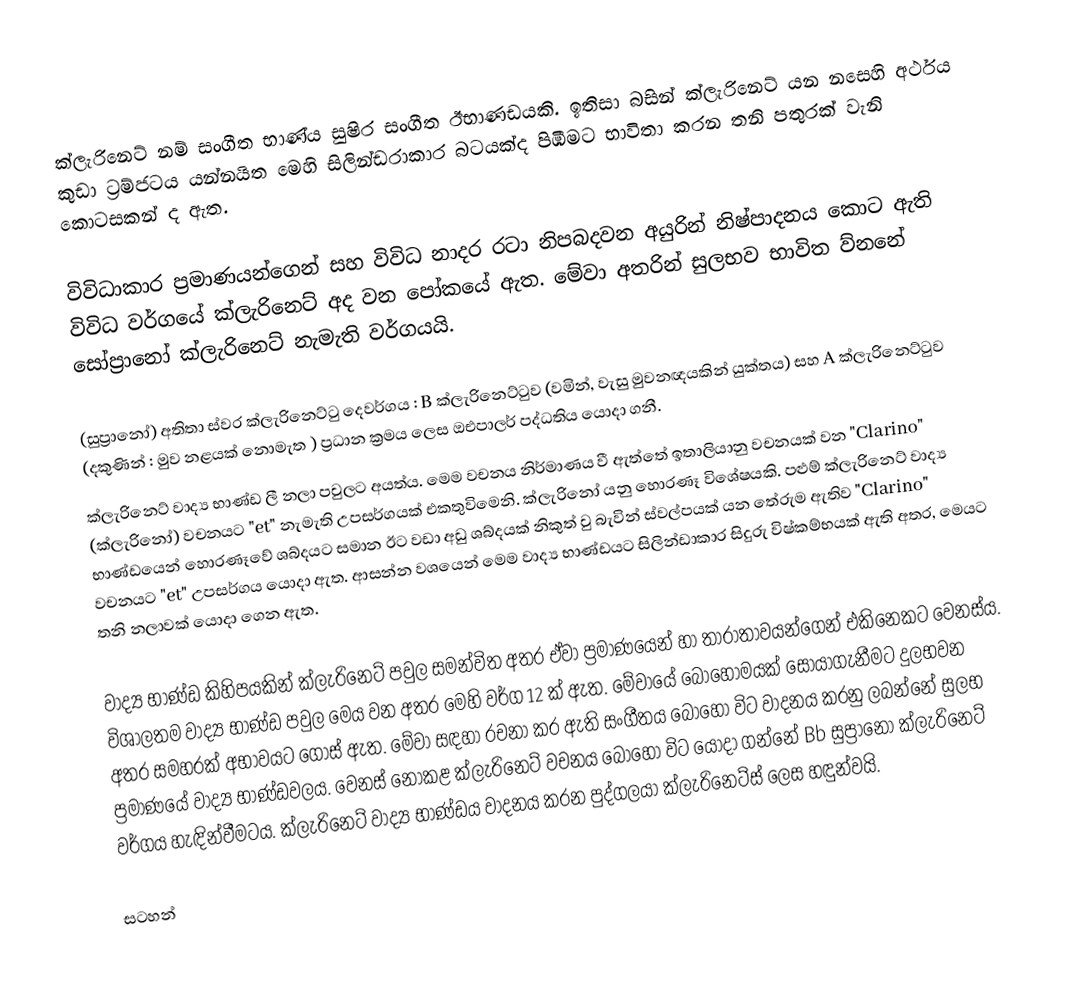
ක්ලැරිනෙට් නම් සංගීත භාණ්ය සුෂිර සංගීත ඊභාණඩයකි. ඉතිසා බසින් ක්ලැරිනෙට් යන නසෙහි අර්ථය කුඩා ට්‍රම්ජටය යන්නයිත මෙහි සිලින්ඩරාකාර බටයක්ද පිඹිමට භාවිතා කරන තනි පතුරක් වැනි කොටසකන් ද ඇත.

විවිධාකාර ප්‍රමාණයන්ගෙන් සහ විවිධ නාදර රටා නිපබදවන අයුරින් නිෂ්පාදනය කොට ඇති විවිධ වර්ගයේ ක්ලැරිනෙට් අද වන පෝකයේ ඇත. මේවා අතරින් සුලභව භාවිත ව්නනේ සෝ‍ප්‍රානෝ ක්ලැරිනෙට් නැමැති වර්ගයයි.

(සුප්‍රානෝ) අතිතා ස්වර ක්ලැරිනෙට්ටු දෙවර්ගය : B ක්ලැරිනෙට්ටුව (වමින්, වැසු මුවනඥයකින් යුක්තය) සහ A ක්ලැරිනෙට්ටුව (දකුණින් :  මුව නළයක් නොමැත ) ප්‍රධාන ක්‍රමය ලෙස ඔඑපාලර් පද්ධතිය යොදා ගනී.
ක්ලැරිනෙට් වාද්‍ය භාණ්ඩ ලී නලා පවුලට අයත්ය. මෙම වචනය නිර්මාණය වී ඇත්තේ ඉතාලියානු වචනයක් වන "Clarino" (ක්ලැරිනෝ) වචනයට "et" නැමැති උපසර්ගයක් එකතුවිමෙනි. ක්ලැරිනෝ යනු හොරණෑ විශේෂයකි. පළුම් ක්ලැරිනෙට් වාද්‍ය භාණ්ඩයෙන් හොරණෑවේ ශබ්දයට සමාන ඊට වඩා අඩු ශබ්දයක් නිකුත් වු බැවින් ස්වල්පයක් යන තේරුම ඇතිව "Clarino" වචනයට "et" උපසර්ගය යොදා ඇත. ආසන්න වශයෙන් මෙම වාද්‍ය භාණ්ඩයට සිලින්ඩාකාර සිදුරු විෂ්කම්භයක් ඇති අතර, මෙයට තනි නලාවක් යොදා ගෙන ඇත.

වාද්‍ය භාණ්ඩ කිහිපයකින් ක්ලැරිනෙට් පවුල සමන්විත අතර ඒවා ප්‍රමාණයෙන් හා තාරාතාවයන්ගෙන් එකිනෙකට වෙනස්ය. විශාලතම වාද්‍ය භාණ්ඩ පවුල මෙය වන අතර මෙහි වර්ග 12 ක් ඇත. මේවායේ බො‍හෝමයක් සොයාගැනීමට දුලභවන අතර සමහරක් අභාවයට ගොස් ඇත. මේවා සඳහා රචනා කර ඇති සංගීතය බොහෝ විට වාදනය කරනු ලබන්නේ සුලභ ප්‍රමාණයේ වාද්‍ය භාණ්ඩවලය. වෙනස් නොකළ ක්ලැරිනෙට් වචනය බොහෝ විට යොදා ගන්නේ Bb  සුප්‍රානෝ ක්ලැරිනෙට් වර්ගය හැඳින්වීමටය. ක්ලැරිනෙට් වාද්‍ය භාණ්ඩය වාදනය කරන පුද්ගලයා ක්ලැරිනෙට්ස් ලෙස හඳුන්වයි.

සටහන්